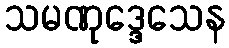
သမဏုဒ္ဒေသေန